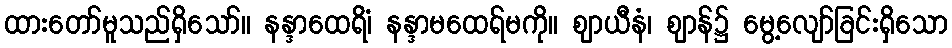
ထားတော်မူသည်ရှိသော်။ နန္ဒာထေရိံ၊ နန္ဒာမထေရ်မကို။ ဈာယီနံ၊ ဈာန်၌ မွေ့လျော်ခြင်းရှိသော